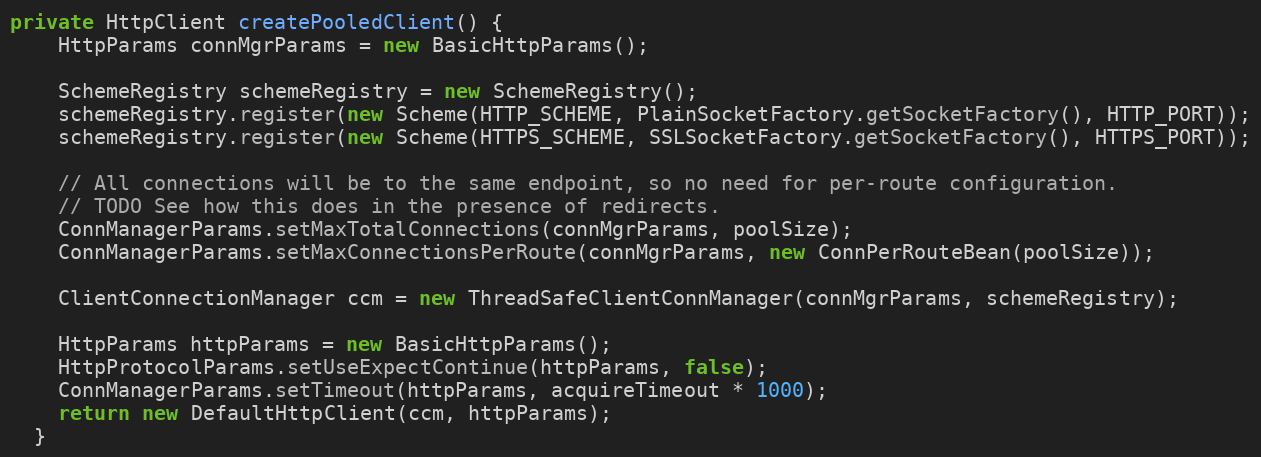
Language: Java
private HttpClient createPooledClient() {
    HttpParams connMgrParams = new BasicHttpParams();

    SchemeRegistry schemeRegistry = new SchemeRegistry();
    schemeRegistry.register(new Scheme(HTTP_SCHEME, PlainSocketFactory.getSocketFactory(), HTTP_PORT));
    schemeRegistry.register(new Scheme(HTTPS_SCHEME, SSLSocketFactory.getSocketFactory(), HTTPS_PORT));

    // All connections will be to the same endpoint, so no need for per-route configuration.
    // TODO See how this does in the presence of redirects.
    ConnManagerParams.setMaxTotalConnections(connMgrParams, poolSize);
    ConnManagerParams.setMaxConnectionsPerRoute(connMgrParams, new ConnPerRouteBean(poolSize));

    ClientConnectionManager ccm = new ThreadSafeClientConnManager(connMgrParams, schemeRegistry);

    HttpParams httpParams = new BasicHttpParams();
    HttpProtocolParams.setUseExpectContinue(httpParams, false);
    ConnManagerParams.setTimeout(httpParams, acquireTimeout * 1000);
    return new DefaultHttpClient(ccm, httpParams);
  }